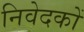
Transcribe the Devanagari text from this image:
निवेदकों